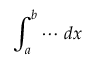
\int _ { a } ^ { b } \cdots \, d x